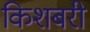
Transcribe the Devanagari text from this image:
किशबरी